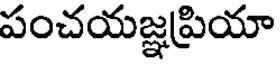
పంచయజ్ఞప్రియా